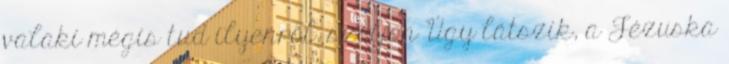
valaki mégis tud ilyenről, szóljon Úgy látszik, a Jézuska